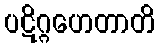
ပဋိဂ္ဂဟေတာတိ